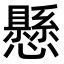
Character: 懸